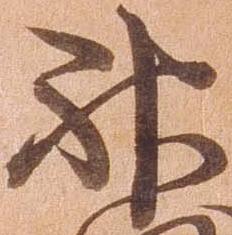
神